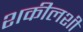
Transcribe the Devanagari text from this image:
शकीलशी